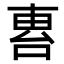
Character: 𠵤